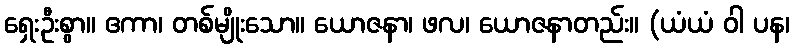
ရှေးဦးစွာ။ ဧကာ၊ တစ်မျိုးသော။ ယောဇနာ၊ ဖလ၊ ယောဇနာတည်း။ (ယံယံ ဝါ ပန၊